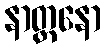
နာတ္တနော